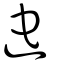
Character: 迱